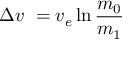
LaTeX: \Delta v \ = v _ { e } \ln { \frac { m _ { 0 } } { m _ { 1 } } }